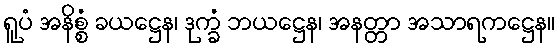
ရူပံ အနိစ္စံ ခယဋ္ဌေန၊ ဒုက္ခံ ဘယဋ္ဌေန၊ အနတ္တာ အသာရကဋ္ဌေန။